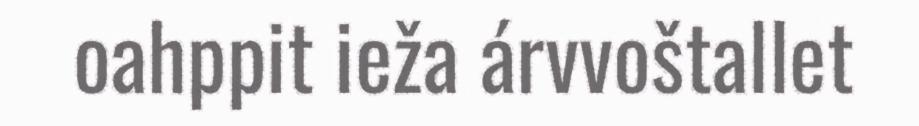
oahppit ieža árvvoštallet